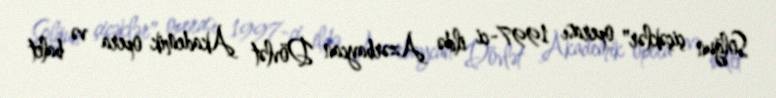
Solğun çiçəklər" operası 1997-ci ildə Azərbaycan Dövlət Akademik opera və balet